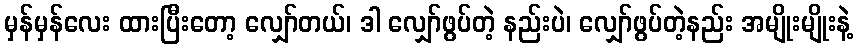
မှန်မှန်လေး ထားပြီးတော့ လျှော်တယ်၊ ဒါ လျှော်ဖွပ်တဲ့ နည်းပဲ၊ လျှော်ဖွပ်တဲ့နည်း အမျိုးမျိုးနဲ့